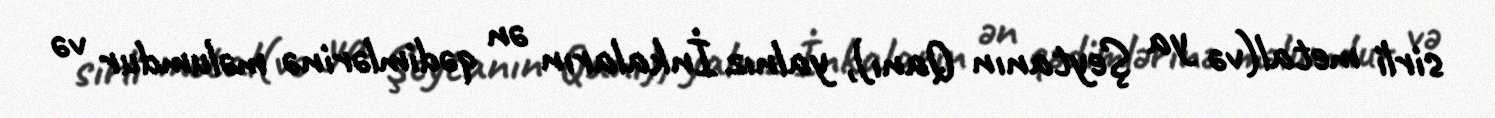
sirli metal(və ya Şeytanın Qanı), yalnız İnkaların ən qədimlərinə məlumdur və